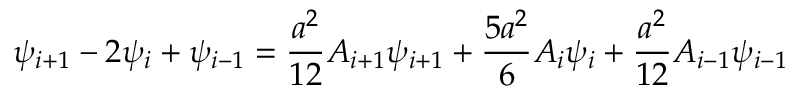
\psi _ { i + 1 } - 2 \psi _ { i } + \psi _ { i - 1 } = { \frac { a ^ { 2 } } { 1 2 } } A _ { i + 1 } \psi _ { i + 1 } + { \frac { 5 a ^ { 2 } } { 6 } } A _ { i } \psi _ { i } + { \frac { a ^ { 2 } } { 1 2 } } A _ { i - 1 } \psi _ { i - 1 }